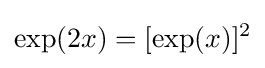
\exp(2x)=[\exp(x)]^{2}